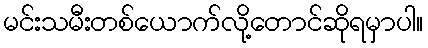
မင်းသမီးတစ်ယောက်လို့တောင်ဆိုရမှာပါ။